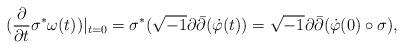
LaTeX: \begin{align*}(\frac{\partial}{ \partial t} \sigma^* \omega(t))|_{t=0} & = \sigma^*(\sqrt{-1} \partial \bar{\partial} (\dot{\varphi}(t)) = \sqrt{-1}\partial \bar{\partial} (\dot{\varphi}(0) \circ \sigma),\end{align*}